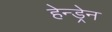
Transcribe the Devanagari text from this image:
हेन्ड्रेन